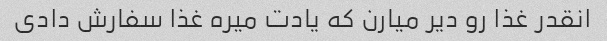
انقدر غذا رو دیر میارن که یادت میره غذا سفارش دادی